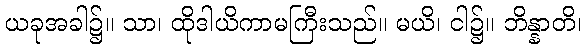
ယခုအခါ၌။ သာ၊ ထိုဒါယိကာမကြီးသည်။ မယိ၊ ငါ၌။ ဘိန္နာတိ၊